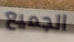
الجميع